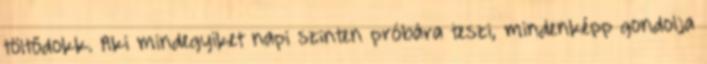
töltődokk. Aki mindegyiket napi szinten próbára teszi, mindenképp gondolja